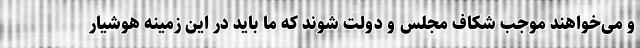
و می‌خواهند موجب شکاف مجلس و دولت شوند که ما باید در این زمینه هوشیار